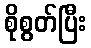
စိုစွတ်ပြီး